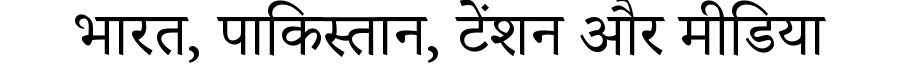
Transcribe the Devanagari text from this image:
भारत, पाकिस्तान, टेंशन और मीडिया